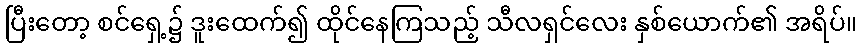
ပြီးတော့ စင်ရှေ့၌ ဒူးထေက်၍ ထိုင်နေကြသည့် သီလရှင်လေး နှစ်ယောက်၏ အရိပ်။